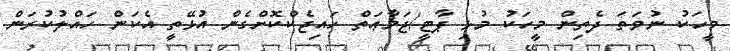
މީހަކު ނުވަތަ ދެތިން މީހަކު މުޅި ޕާޓީ/ޖަމާޢަތް ހައިޖެކްކޮށްގެން އުޅޭތީ އެކަން ހައްލުކުރަން